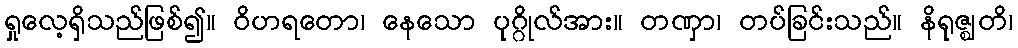
ရှုလေ့ရှိသည်ဖြစ်၍။ ဝိဟရတော၊ နေသော ပုဂ္ဂိုလ်အား။ တဏှာ၊ တပ်ခြင်းသည်။ နိရုဇ္ဈတိ၊